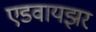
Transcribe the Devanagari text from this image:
एडवायझर